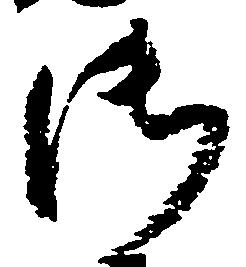
御